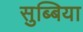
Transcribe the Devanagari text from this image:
सुब्बिया